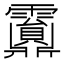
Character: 𩆹